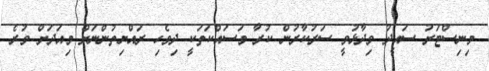
މިނިސްޓަރު ސައީދު ވިދާޅުވީ ސަރުކާރުން ކުރާ މަސައްކަތަކީ ދިވެހި ރައްޔިތުންނަށް މިއަދަށް ވުރެ